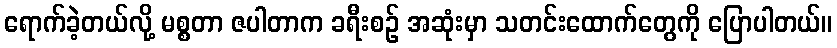
ရောက်ခဲ့တယ်လို့ မစ္စတာ ဇပါတာက ခရီးစဉ် အဆုံးမှာ သတင်းထောက်တွေကို ပြောပါတယ်။